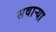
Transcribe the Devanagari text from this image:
सवाऱ्या